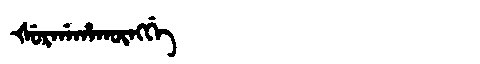
Manchu: ᡧᡠᡵᡤᠠᡥᠠᡴᡡᠩᡤᡝ
Romanization: ŠURGAHAKŪNGGE